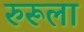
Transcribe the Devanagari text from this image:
रुरूला